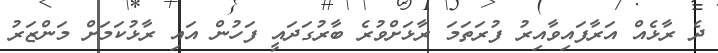
ދެ ރާޅެއް އަރާފައިވާއިރު ފުރަތަމަ ރާޅަށްވުރެ ބާރުގަދައީ ފަހުން އައި ރާޅުކަމަށް މަންޒަރު